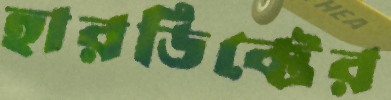
হারডিক্টের